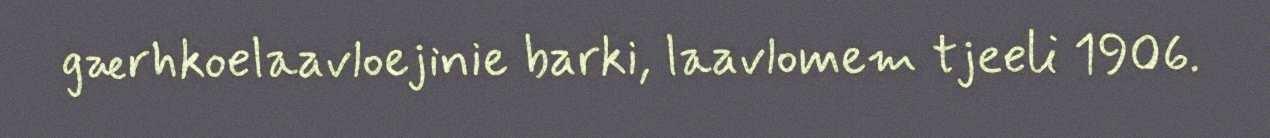
gærhkoelaavloejinie barki, laavlomem tjeeli 1906.